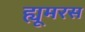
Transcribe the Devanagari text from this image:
ह्यूमरस